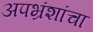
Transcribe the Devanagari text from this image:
अपभ्रंशांचा